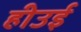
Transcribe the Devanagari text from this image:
हीउई